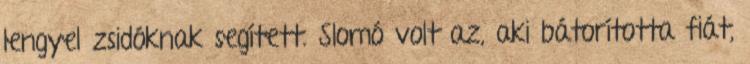
lengyel zsidóknak segített. Slomó volt az, aki bátorította fiát,